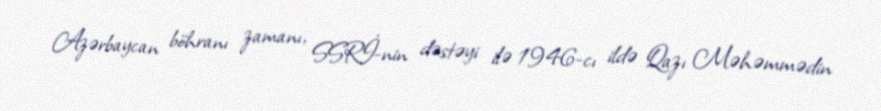
Azərbaycan böhranı zamanı, SSRİ-nin dəstəyi ilə 1946-cı ildə Qazı Məhəmmədin